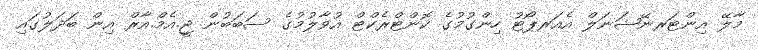
މާލޭ އިންޓަރނޭޝަނަލް އެއަރޕޯޓު ހިންގުމުގެ ކޮންޓްރެކްޓް އުވާލުމުގެ ސަބަބުން ޖީ.އެމް.އާރް އިން ބަދަލުގައި